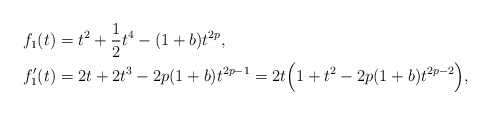
\begin{align*}&f_{1}(t)=t^{2}+\frac{1}{2}t^{4}-(1+b)t^{2p},\\&f_{1}'(t)=2t+2t^{3}-2p(1+b)t^{2p-1}=2t\Big(1+t^{2}-2p(1+b)t^{2p-2}\Big),\end{align*}